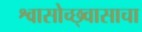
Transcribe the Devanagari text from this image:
श्वासोच्छ्वासाचा